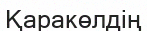
Қаракөлдің